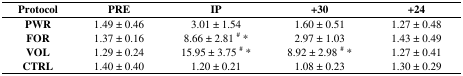
| Protocol | PRE | IP | +30 | +24 |
 | --- | --- | --- | --- | --- |
 | PWR | 1.49 ± 0.46 | 3.01 ± 1.54 | 1.60 ± 0.51 | 1.27 ± 0.48 |
 | FOR | 1.37 ± 0.16 | 8.66 ± 2.81 # * | 2.97 ± 1.03 | 1.43 ± 0.49 |
 | VOL | 1.29 ± 0.24 | 15.95 ± 3.75 # * | 8.92 ± 2.98 # * | 1.27 ± 0.41 |
 | CTRL | 1.40 ± 0.40 | 1.20 ± 0.21 | 1.08 ± 0.23 | 1.30 ± 0.29 |